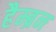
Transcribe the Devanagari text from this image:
हैम्ब्रन